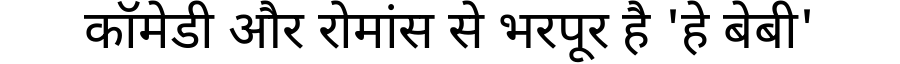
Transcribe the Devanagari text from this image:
कॉमेडी और रोमांस से भरपूर है 'हे बेबी'